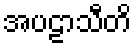
အပဠာသီတိ